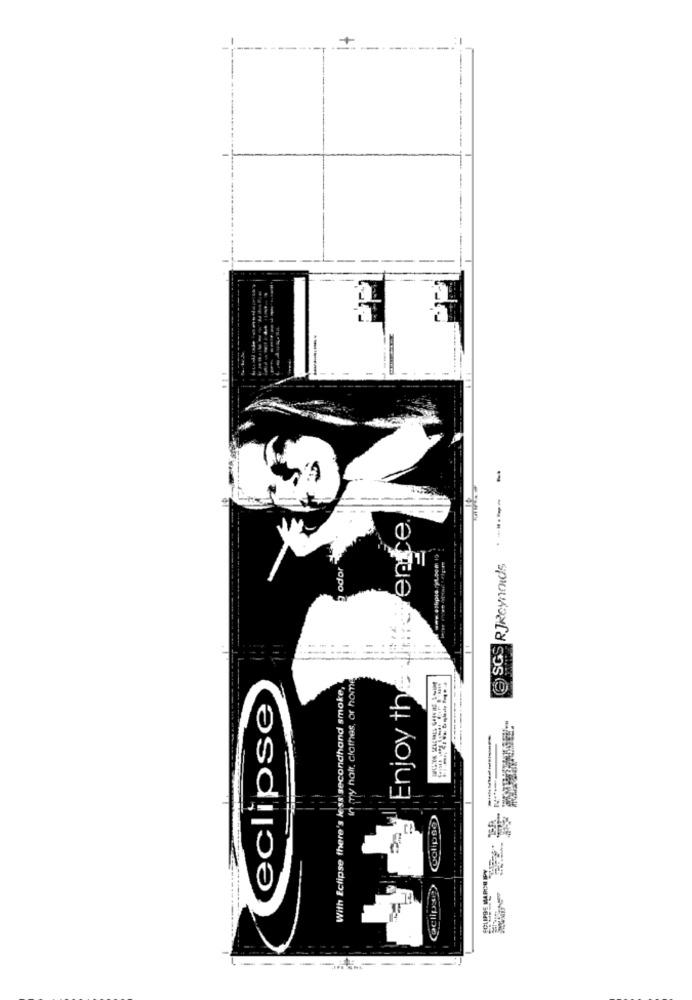
SGS R JReynolds
2 odor
in my hair, clothes, or home
With Eclipse there's less secondhand smoke,
Enjoy th
eclipse
Golipno
(eclipse>